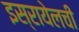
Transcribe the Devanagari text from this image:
इस्रायेलची